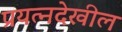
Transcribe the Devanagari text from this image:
प्रयत्नदेखील